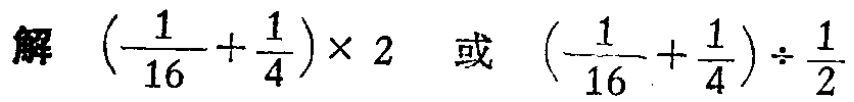
解 $\left(\dfrac{1}{16}+\dfrac{1}{4}\right)\times 2$ 或 $\left(\dfrac{1}{16}+\dfrac{1}{4}\right)\div \dfrac{1}{2}$